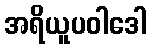
အရိယူပဝါဒေါ